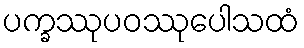
ပက္ခဿုပဝဿုပေါသထံ